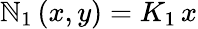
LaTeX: \mathbb{N}_{1}\left(x,y\right)=K_{1}\, x